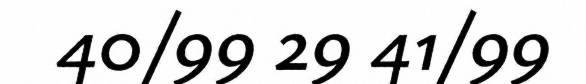
40/99 29 41/99